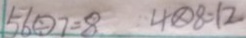
5 6 \textcircled { \div } 7 = 8 4 \textcircled { \times } 8 = 1 2